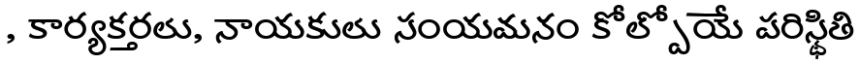
, కార్యకర్తలు, నాయకులు సంయమనం కోల్పోయే పరిస్థితి